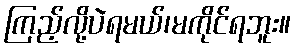
ကြည့်လို့ပဲရမယ်၊မကိုင်ရဘူး။